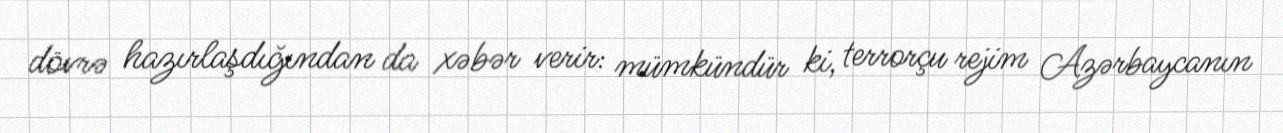
dövrə hazırlaşdığından da xəbər verir: mümkündür ki, terrorçu rejim Azərbaycanın